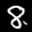
Label: 8